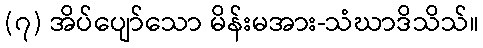
(၇) အိပ်ပျော်သော မိန်းမအား-သံဃာဒိသိသ်။